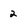
Character: 2